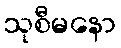
သုစီမနော